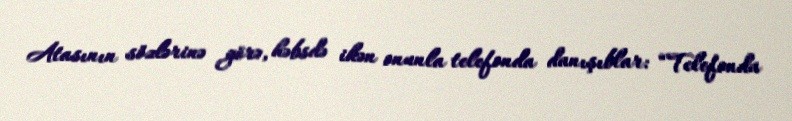
Atasının sözlərinə görə, həbsdə ikən onunla telefonda danışıblar: “Telefonda